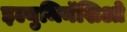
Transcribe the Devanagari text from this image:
इल्युमिनॅशिओ